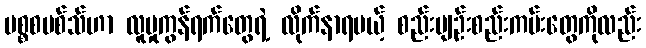
မစ္စစမစ်သ်ဟာ လူမှုကွန်ရက်တွေရဲ့ လိုက်နာရမယ့် စည်းမျဉ်းစည်းကမ်းတွေကိုလည်း